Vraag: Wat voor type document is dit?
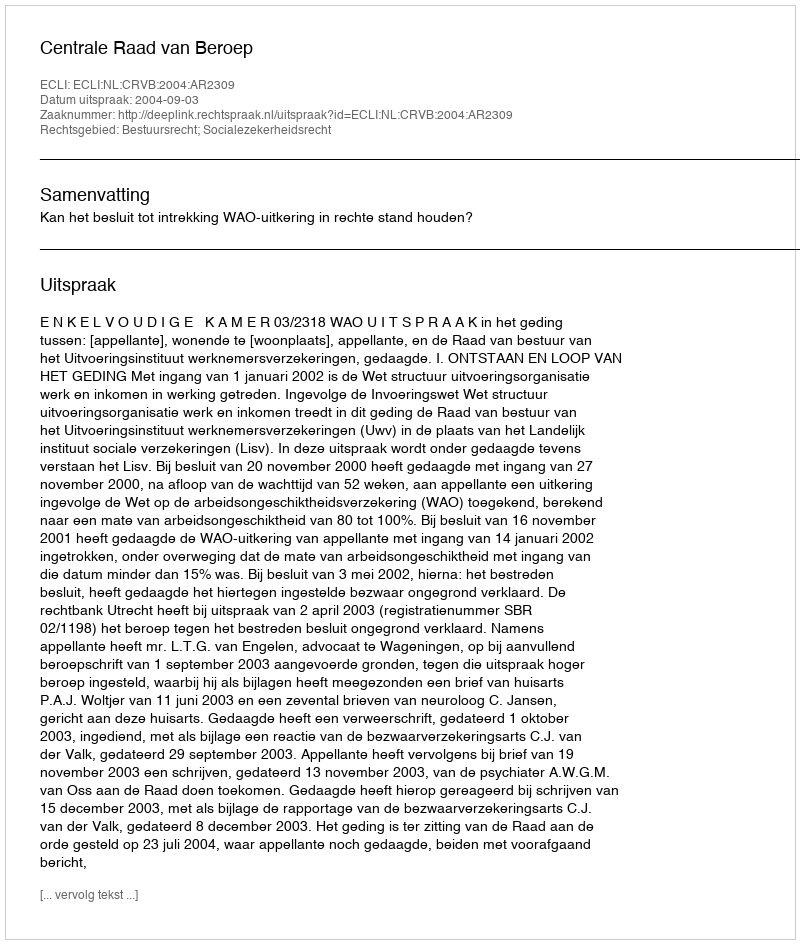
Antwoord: Uitspraak